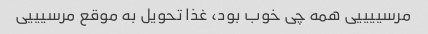
مرسییییی همه چی خوب بود، غذا تحویل به موقع مرسیییی